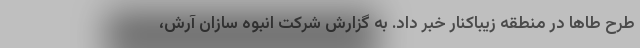
طرح طاها در منطقه زیباکنار خبر داد. به گزارش شرکت انبوه سازان آرش،